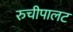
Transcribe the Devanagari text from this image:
रुचीपालट